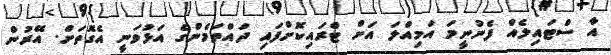
އާ ސްޓައިލެއް ފެނުނީމަ އަމިއްލަ އަށް ޓްރައިކޮށްފައި ދައްތަމެންގެ އަޅުވަނީ އެގޮތަށް. އޭރުން